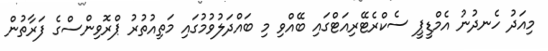
މިއަދު ހެނދުނު އެމްޑީޕީ ސެކްރެޓޭރިއަޓްގައި ބޭއްވި މި ބައްދަލުވުމުގައި މަތިއުތުރު ޕްރޮވިންސްގެ ފަރާތުން